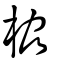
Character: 栛